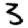
Digit: 3